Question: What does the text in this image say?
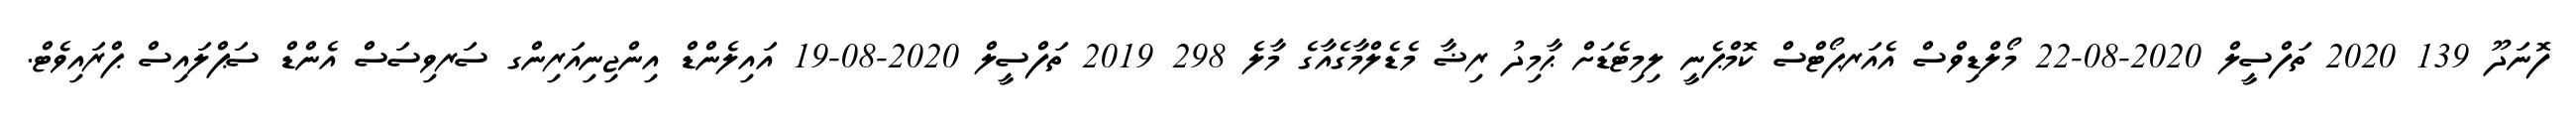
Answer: ފޮނަދޫ 139 2020 ތަފްސީލް 2020-08-22 މޯލްޑިވްސް އެއަރޕޯޓްސް ކޮމްޕެނީ ލިމިޓެޑަށް ޙާމިދު ރިޟާ މެޑެލްމާގެއާގެ މާލެ 298 2019 ތަފްސީލް 2020-08-19 އައިލެންޑް އިންޖިނިއަރިންގ ސަރވިސަސް އެންޑް ސަޕްލައިސް ޕްރައިވެޓް.